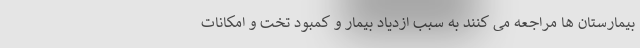
بیمارستان ها مراجعه می کنند به سبب ازدیاد بیمار و کمبود تخت و امکانات